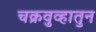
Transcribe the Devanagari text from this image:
चक्रवुव्हातुन